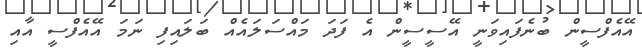
އޭއެފްސީން ބުނެފައިވަނީ އޭސީސީން އެ ފަދަ މައްސަލައެއް ބަލައިފި ނަމަ އޭއެފްސީ އާއި